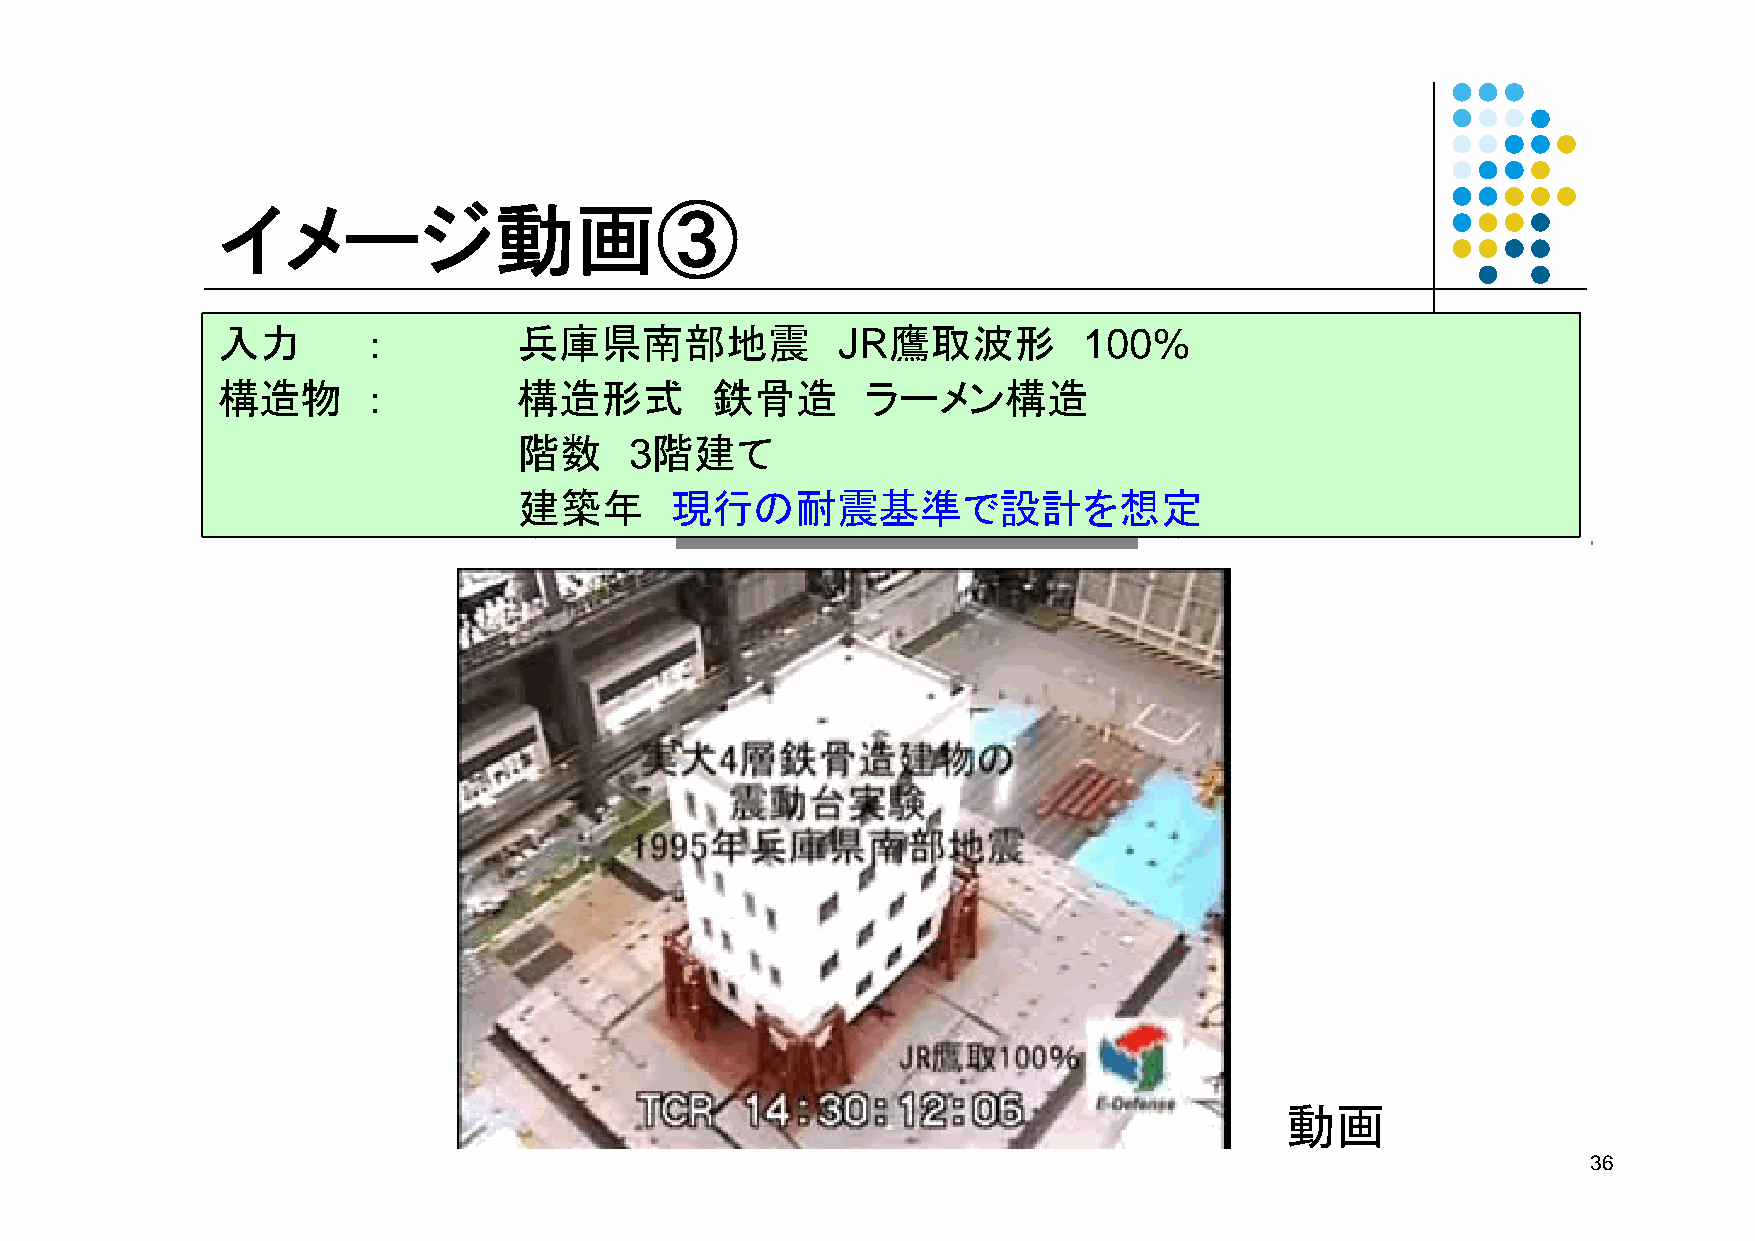
イメージ動画③
 入力        ：         兵庫県南部地震              JR鷹取波形           100%
 入力        ：         兵庫県南部地震              JR鷹取波形           100%
 構造物       ：         構造形式         鉄骨造       ラーメン構造
 構造物       ：         構造形式         鉄骨造       ラーメン構造
 階数      3階建て
 階数     3階建て
 建築年       現行の耐震基準で設計を想定
 建築年       現行の耐震基準で設計を想定
 動画
 36